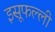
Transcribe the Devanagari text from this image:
इसूफल्ली